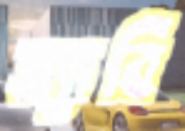
স্যাবি